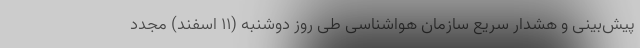
پیش‌بینی و هشدار سریع سازمان هواشناسی طی روز دوشنبه (۱۱ اسفند) مجدد